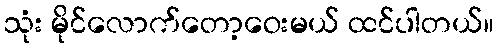
သုံး မိုင်လောက်တော့ဝေးမယ် ထင်ပါတယ်။